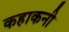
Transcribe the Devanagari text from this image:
कहाकनी